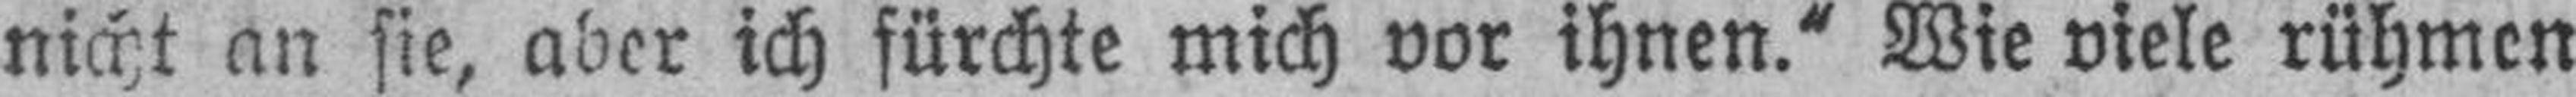
nicht an sie, aber ich fürchte mich vor ihnen.“ Wie viele rühmen